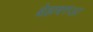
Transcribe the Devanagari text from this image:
बेझबरुआ